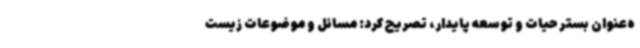
ه‌عنوان بستر حیات و توسعه پایدار، تصریح کرد: مسائل و موضوعات زیست